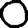
Digit: 0